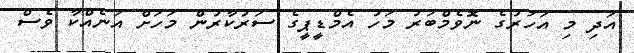
އަދި މި އަހަރުގެ ނޮވެމްބަރު މަހު އެމްޑީޕީގެ ސަރުކާރުން މަހަށް އަނެއްކާ ވެސް